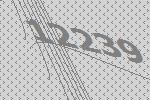
12239